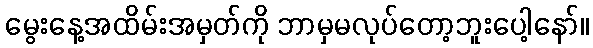
မွေးနေ့အထိမ်းအမှတ်ကို ဘာမှမလုပ်တော့ဘူးပေါ့နော်။